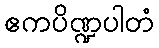
ဧကပိဏ္ဍပါတံ